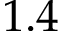
1 . 4